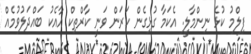
ފިލްމު ކުޅެ ނިންމާލީ. އެކަމާ ގުޅިގެން ކަރަން ވަނީ ކާރްތިކް އާއެކު ބައްދަލުވުމެއް